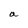
Character: a